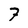
Character: 7